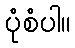
ပုံစံပါ။